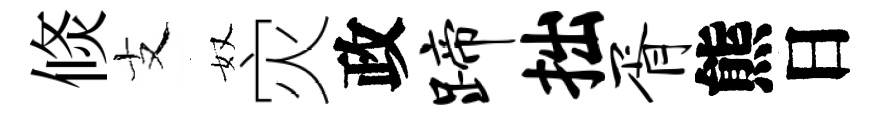
倐支奴灾政蹄拙胥熊日